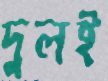
দুলই